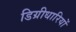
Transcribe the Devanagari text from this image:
डिग्रीधारियों